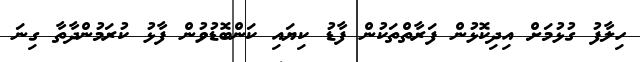
ހިލާފު ގުޅުމަށް އިދިކޮޅުން ފަރާތްތަކުން ފާޑު ކިޔައި ކަންބޮޑުވުން ފާޅު ކުރަމުންދާތާ ގިނަ